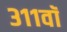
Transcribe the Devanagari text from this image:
३११वॉ